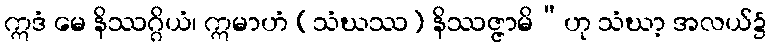
ဣဒံ မေ နိဿဂ္ဂိယံ၊ ဣမာဟံ (သံဃဿ) နိဿဇ္ဇာမိ”ဟု သံဃာ့ အလယ်၌